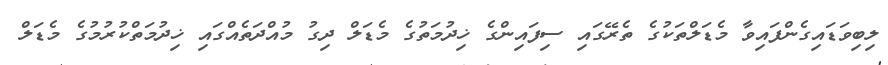
ލިބިވަޑައިގެންފައިވާ މެޑަލްތަކުގެ ތެރޭގައި ސިފައިންގެ ޚިދުމަތުގެ މެޑަލް ދިގު މުއްދަތެއްގައި ޚިދުމަތްކުރުމުގެ މެޑަލް